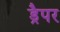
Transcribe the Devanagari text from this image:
ड्रैपर